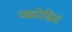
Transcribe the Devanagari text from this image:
ज्कोबियं